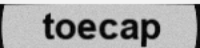
toecap